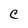
Character: c